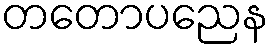
တတောပညေန